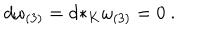
d \omega _ { ( 3 ) } = d { * _ { K } } \omega _ { ( 3 ) } = 0 \ .